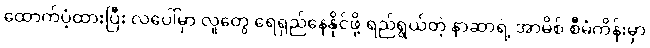
ထောက်ပံ့ထားပြီး လပေါ်မှာ လူတွေ ရေရှည်နေနိုင်ဖို့ ရည်ရွယ်တဲ့ နာဆာရဲ့ အာမိစ် စီမံကိန်းမှာ